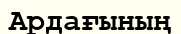
Ардағының